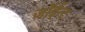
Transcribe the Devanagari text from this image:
जॉईन्ट